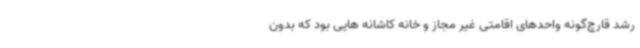
رشد قارچ‌گونه واحدهای اقامتی غیر مجاز و خانه کاشانه هایی بود که بدون